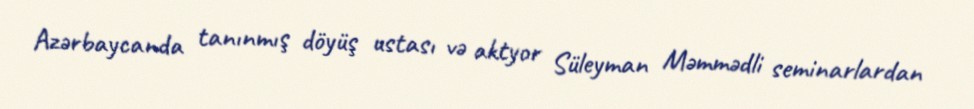
Azərbaycanda tanınmış döyüş ustası və aktyor Süleyman Məmmədli seminarlardan